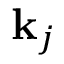
{ \mathbf { k } _ { j } }